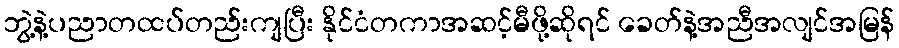
ဘွဲ့နဲ့ပညာတထပ်တည်းကျပြီး နိုင်ငံတကာအဆင့်မီဖို့ဆိုရင် ခေတ်နဲ့အညီအလျင်အမြန်